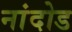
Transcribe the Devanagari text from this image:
नांदोड